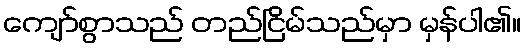
ကျော်စွာသည် တည်ငြိမ်သည်မှာ မှန်ပါ၏။